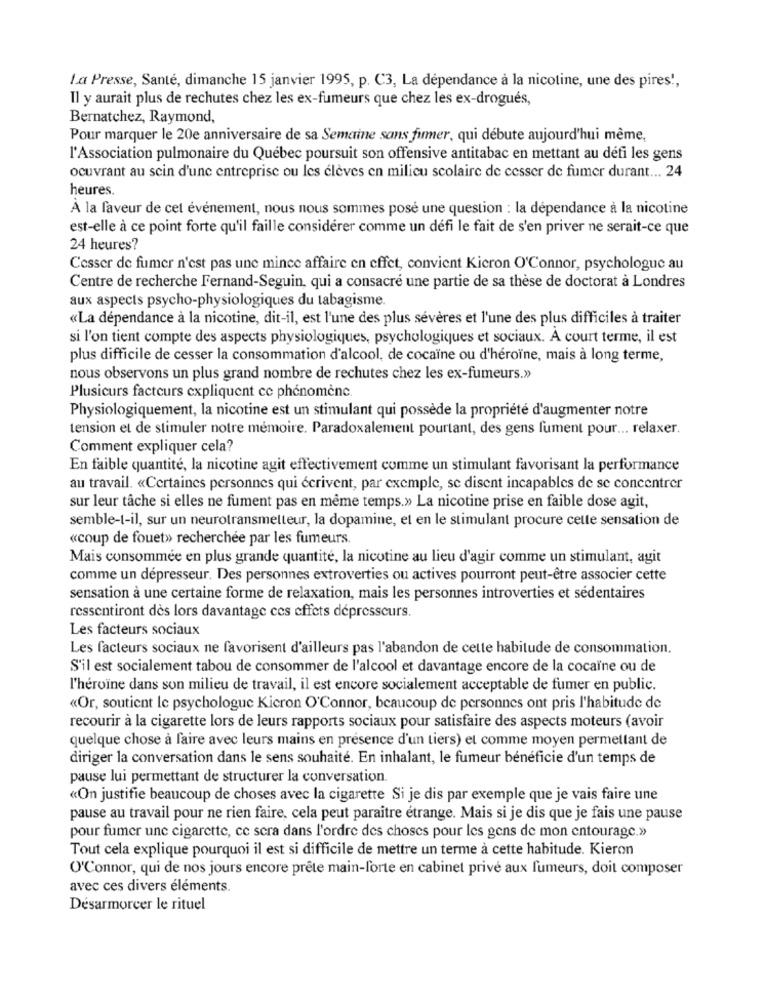
La Presse, Santé, dimanche 15 janvier 1995, p. C3, La dépendance à la nicotine, une des pires !,
Il y aurait plus de rechutes chez les ex-fumeurs que chez les ex-drogués,
Bernatchez, Raymond,
Pour marquer le 20e anniversaire de sa Semaine sans firmer, qui débute aujourd'hui même,
l'Association pulmonaire du Québec poursuit son offensive antitabac en mettant au défi les gens
ocuvrant au sein d'une entreprise ou les élèves en milieu scolaire de cesser de fumer durant ... 24
heures.
À la faveur de cet événement, nous nous sommes posé une question : la dépendance à la nicotine
est-elle à ce point forte qu'il faille considérer comme un défi le fait de s'en priver ne serait-ce que
24 heures?
Cesser de fumer n'est pas une mince affaire en effet, convient Kicron O'Connor, psychologue au
Centre de recherche Fernand-Seguin, qui a consacré une partie de sa thèse de doctorat à Londres
aux aspects psycho-physiologiques du tabagisme.
«La dépendance à la nicotine, dit-il, est l'une des plus sévères et l'une des plus difficiles à traiter
si l'on tient compte des aspects physiologiques, psychologiques et sociaux. A court terme, il est
plus difficile de cesser la consommation d'alcool, de cocaïne ou d'héroïne, mais à long terme,
nous observons un plus grand nombre de rechutes chez les ex-fumeurs.»
Plusicurs facteurs expliquent ce phénomène.
Physiologiquement, la nicotine est un stimulant qui possède la propriété d'augmenter notre
tension et de stimuler notre mémoire. Paradoxalement pourtant, des gens fument pour ... relaxer.
Comment expliquer cela?
En faible quantité, la nicotine agit effectivement comme un stimulant favorisant la performance
au travail. «Certaines personnes qui écrivent, par exemple, se disent incapables de se concentrer
sur leur tâche si elles ne fument pas en même temps.» La nicotine prise en faible dose agit,
semble-t-il, sur un neurotransmetteur, la dopamine, et en le stimulant procure cette sensation de
«coup de fouet» recherchée par les fumeurs.
Mais consommée en plus grande quantité, la nicotine au lieu d'agir comme un stimulant, agit
comme un dépresseur. Des personnes extroverties ou actives pourront peut-être associer cette
sensation à une certaine forme de relaxation, mais les personnes introverties et sédentaires
ressentiront dès lors davantage ces effets dépresseurs.
Les facteurs sociaux
Les facteurs sociaux ne favorisent d'ailleurs pas l'abandon de cette habitude de consommation.
S'il est socialement tabou de consommer de l'alcool et davantage encore de la cocaïne ou de
l'héroïne dans son milieu de travail, il est encore socialement acceptable de fumer en public.
«Or, soutient Ic psychologue Kicron O'Connor, beaucoup de personnes ont pris l'habitude de
recourir à la cigarette lors de leurs rapports sociaux pour satisfaire des aspects moteurs (avoir
quelque chose à faire avec leurs mains en présence d'un tiers) et comme moyen permettant de
diriger la conversation dans le sens souhaité. En inhalant, le fumeur bénéficie d'un temps de
pause lui permettant de structurer la conversation.
«On justifie beaucoup de choses avec la cigarette Si je dis par exemple que je vais faire une
pause au travail pour ne rien faire, cela peut paraître étrange. Mais si je dis que je fais une pause
pour fumer une cigarette, ce sera dans l'ordre des choses pour les gens de mon entourage.»
Tout cela explique pourquoi il est si difficile de mettre un terme à cette habitude. Kieron
O'Connor, qui de nos jours encore prête main-forte en cabinet privé aux fumeurs, doit composer
avec ces divers éléments.
Désarmorcer le rituel